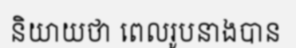
និយាយថា ពេលរូបនាងបាន